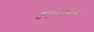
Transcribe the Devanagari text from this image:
इटरेटइव